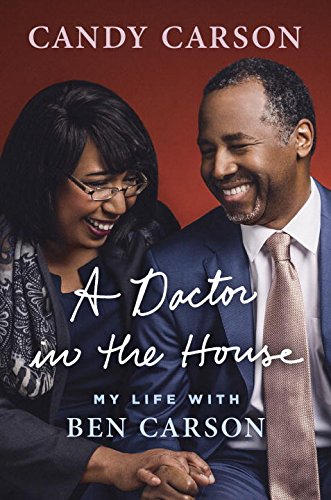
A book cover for A Doctor in the House: My Life with Ben Carson; Candy Carson; Biographies & Memoirs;